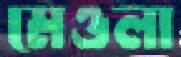
মেওলা